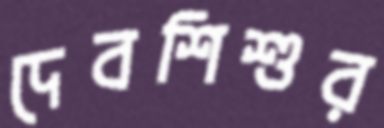
দেবশিশুর